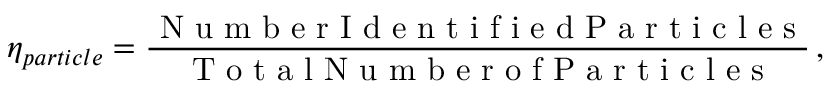
\eta _ { p a r t i c l e } = \frac { \textrm { N u m b e r I d e n t i f i e d P a r t i c l e s } } { \textrm { T o t a l N u m b e r o f P a r t i c l e s } } \, ,